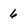
Character: 6